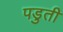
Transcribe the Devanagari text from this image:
पडुती